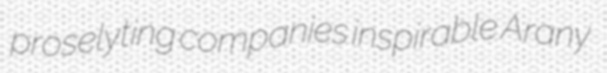
proselyting companies inspirable Arany